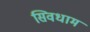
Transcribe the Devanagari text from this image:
सिवधाम